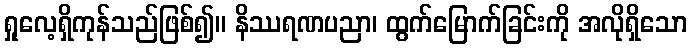
ရှုလေ့ရှိကုန်သည်ဖြစ်၍။ နိဿရဏပညာ၊ ထွက်မြောက်ခြင်းကို အလိုရှိသော